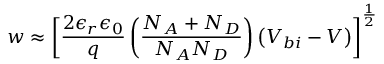
w \approx \left[ { \frac { 2 \epsilon _ { r } \epsilon _ { 0 } } { q } } \left( { \frac { N _ { A } + N _ { D } } { N _ { A } N _ { D } } } \right) \left( V _ { b i } - V \right) \right] ^ { \frac { 1 } { 2 } }